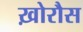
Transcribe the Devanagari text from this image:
ख़ोरौस